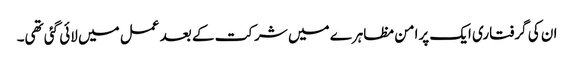
ان کی گرفتاری ایک پرامن مظاہرے میں شرکت کے بعد عمل میں لائی گئی تھی۔